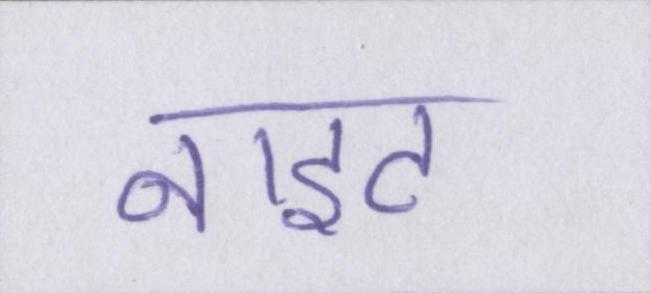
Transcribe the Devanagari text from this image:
नाइट